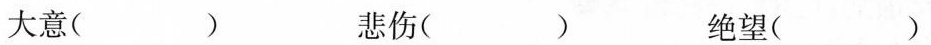
大意( ) 悲伤( )绝望( )